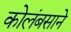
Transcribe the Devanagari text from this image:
कोलंबसाने